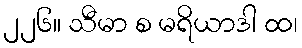
၂၂၆။ သီမာ စ မရိယာဒါ ထ၊